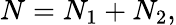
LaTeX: N=N_{1}+N_{2},